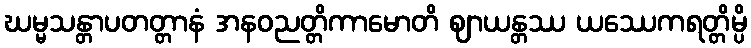
ဃမ္မသန္တာပတတ္တာနံ အနဝညတ္တိကာမောတိ ဈာယန္တဿ ယဿေကရတ္တိမ္ပိ